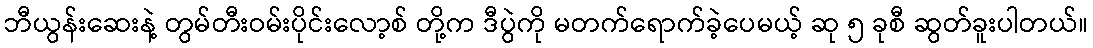
ဘီယွန်းဆေးနဲ့ တွမ်တီးဝမ်းပိုင်းလော့စ် တို့က ဒီပွဲကို မတက်ရောက်ခဲ့ပေမယ့် ဆု ၅ ခုစီ ဆွတ်ခူးပါတယ်။